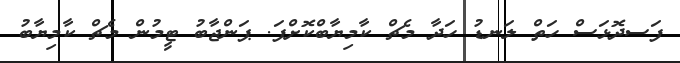
ފަސދޮޅަސް ހަތް ލަނޑު ހަދާ މެޗް ކާމިޔާބްކޮށްފަ. ޕަންޖާބު ޓީމުން މެޗް ކާމިޔާބު